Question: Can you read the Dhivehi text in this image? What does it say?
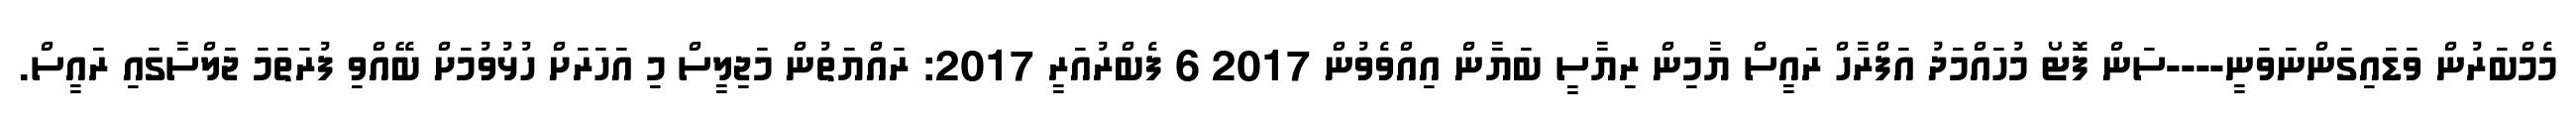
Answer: މެމްބަރުން ވަޑައިގަންނަވަނީ----ސަން ފޮޓޯ މުހައްމަދު އަފްރާހް ރައީސް ޔާމިން ރިޔާސީ ބަޔާން އިއްވެވުން 2017 6 ފެބްރުއަރީ 2017: ރައްޔަތުން މަޖިލީސް މި އަހަރަށް ހުޅުވުމަށް ބޭއްވި ފުރަތަމަ ޖަލްސާގައި ރައީސް.